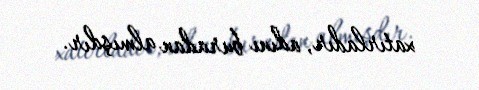
xatırladır, adını buradan almışdır.